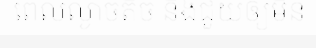
ពេលល្ងាចតិច និងជួយឲ្យមិន